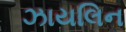
ઝાયલિન